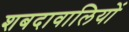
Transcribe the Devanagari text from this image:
शबदावालियों